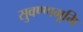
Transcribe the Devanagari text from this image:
सुवण्णभूमि